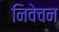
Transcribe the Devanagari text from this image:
निवेचन